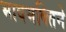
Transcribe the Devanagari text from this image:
भावभक्तिने